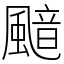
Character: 䬓